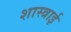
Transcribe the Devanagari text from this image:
शास्त्राई